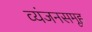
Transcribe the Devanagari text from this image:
व्यंजनसमूह